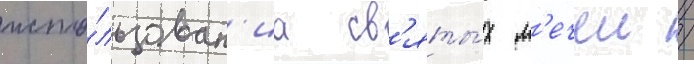
испо́льзован'иа св'яты́х м'ечеи /